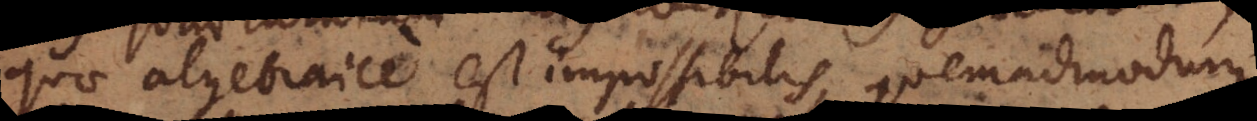
quae algebraice est impossibilis, quemadmodum